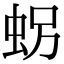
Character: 𧊅